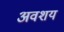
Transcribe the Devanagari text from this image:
अवशय